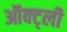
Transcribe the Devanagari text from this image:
ऑक्ट्ली